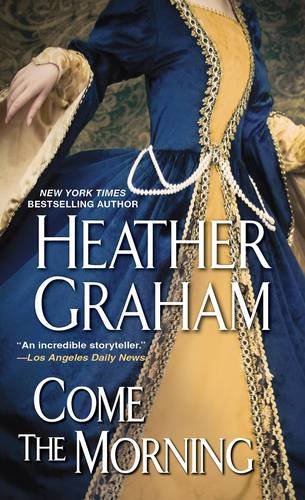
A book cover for Come The Morning (Graham Clan); Heather Graham; Romance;